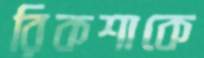
রিকশাকে